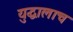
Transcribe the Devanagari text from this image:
युद्धालाच